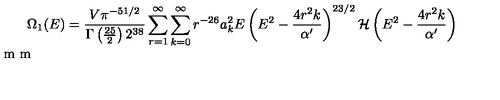
\Omega _ { 1 } ( E ) = \frac { V \pi ^ { - 5 1 / 2 } } { \Gamma \left( \frac { 2 5 } { 2 } \right) 2 ^ { 3 8 } } \sum _ { r = 1 } ^ { \infty } \sum _ { k = 0 } ^ { \infty } r ^ { - 2 6 } a _ { k } ^ { 2 } E \left( E ^ { 2 } - \frac { 4 r ^ { 2 } k } { \alpha ^ { \prime } } \right) ^ { 2 3 / 2 } { \cal H } \left( E ^ { 2 } - \frac { 4 r ^ { 2 } k } { \alpha ^ { \prime } } \right) \vspace { 4 m m }